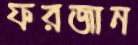
ফরজান